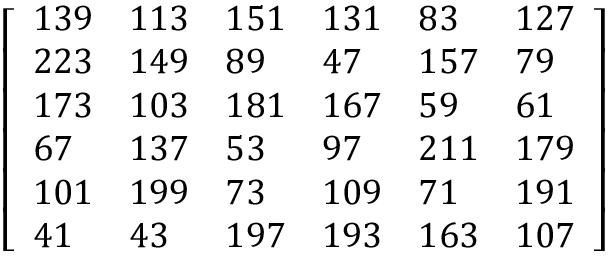
{ \left[ \begin{array} { l l l l l l } { 1 3 9 } & { 1 1 3 } & { 1 5 1 } & { 1 3 1 } & { 8 3 } & { 1 2 7 } \\ { 2 2 3 } & { 1 4 9 } & { 8 9 } & { 4 7 } & { 1 5 7 } & { 7 9 } \\ { 1 7 3 } & { 1 0 3 } & { 1 8 1 } & { 1 6 7 } & { 5 9 } & { 6 1 } \\ { 6 7 } & { 1 3 7 } & { 5 3 } & { 9 7 } & { 2 1 1 } & { 1 7 9 } \\ { 1 0 1 } & { 1 9 9 } & { 7 3 } & { 1 0 9 } & { 7 1 } & { 1 9 1 } \\ { 4 1 } & { 4 3 } & { 1 9 7 } & { 1 9 3 } & { 1 6 3 } & { 1 0 7 } \end{array} \right] }